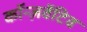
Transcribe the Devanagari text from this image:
कॉन्ज़र्वेटिव